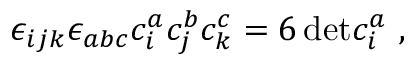
\epsilon _ { i j k } \epsilon _ { a b c } c _ { i } ^ { a } c _ { j } ^ { b } c _ { k } ^ { c } = 6 \, \mathrm { d e t } c _ { i } ^ { a } \ ,